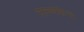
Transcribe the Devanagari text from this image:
राज्यकेन्द्र